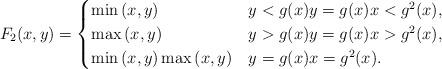
LaTeX: \begin{align*} F_2(x,y)=\begin{cases} \min{(x, y)} & y< g(x) y=g(x) x<g^2(x), \\ \max{(x,y)} & y>g(x) y=g(x) x>g^2(x), \\ \min{(x, y)} \max{(x,y)} & y=g(x) x=g^2(x). \end{cases} \end{align*}